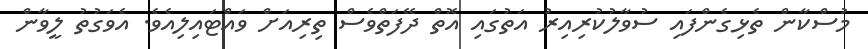
މުސްކާން ތެޅިގެންފައި ސުވާލުކުރިއިރު އަތުގައި އޮތް ދޭފަތްވެސް ތިރިއަށް ވައްޓައިލިއެވެ. އެވަގުތު ލީވާން